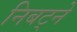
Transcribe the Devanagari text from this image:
निबट्ने